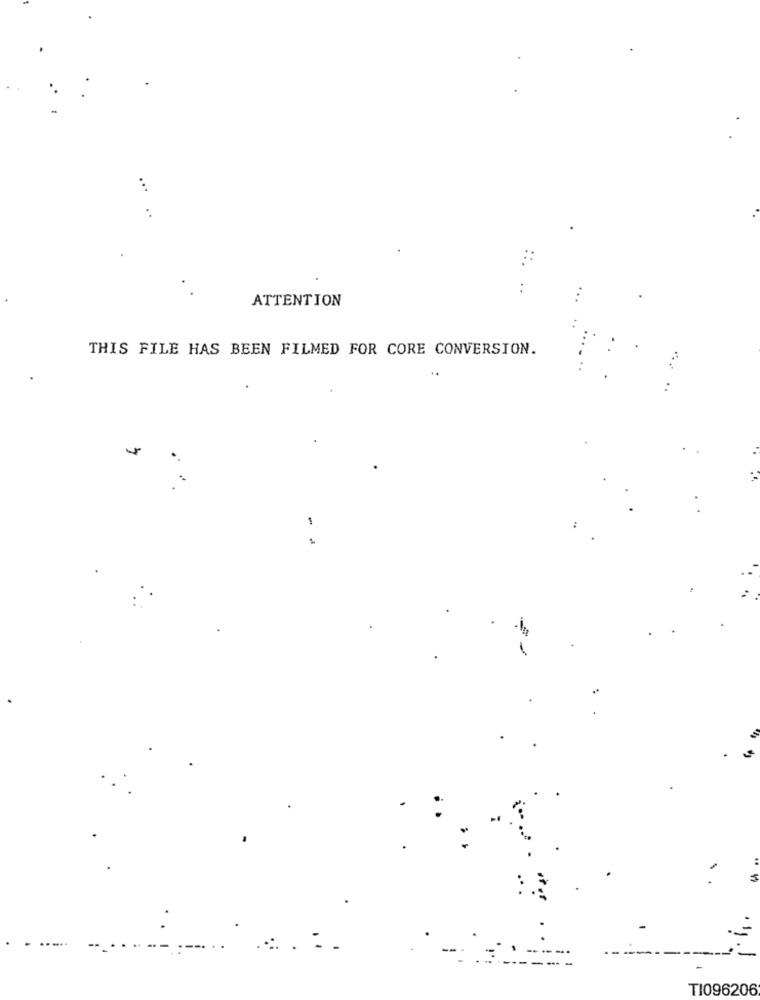
...
..
ATTENTION
THIS FILE HAS BEEN FILMED FOR CORE CONVERSION.
..
.
TI096206